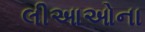
લીઆઓના